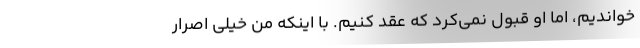
خواندیم، اما او قبول نمی‌کرد که عقد کنیم. با اینکه من خیلی اصرار